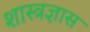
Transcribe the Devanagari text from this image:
शास्त्रज्ञास